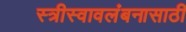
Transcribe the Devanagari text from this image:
स्त्रीस्वावलंबनासाठी